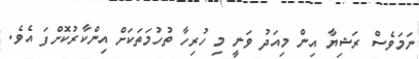
ނަމަވެސް ރަޝިޔާ އިން މިއަދު ވަނީ މި ހުރިހާ ތުހުމަތަކަށް އިންކާރުކޮށްފަ އެވެ.